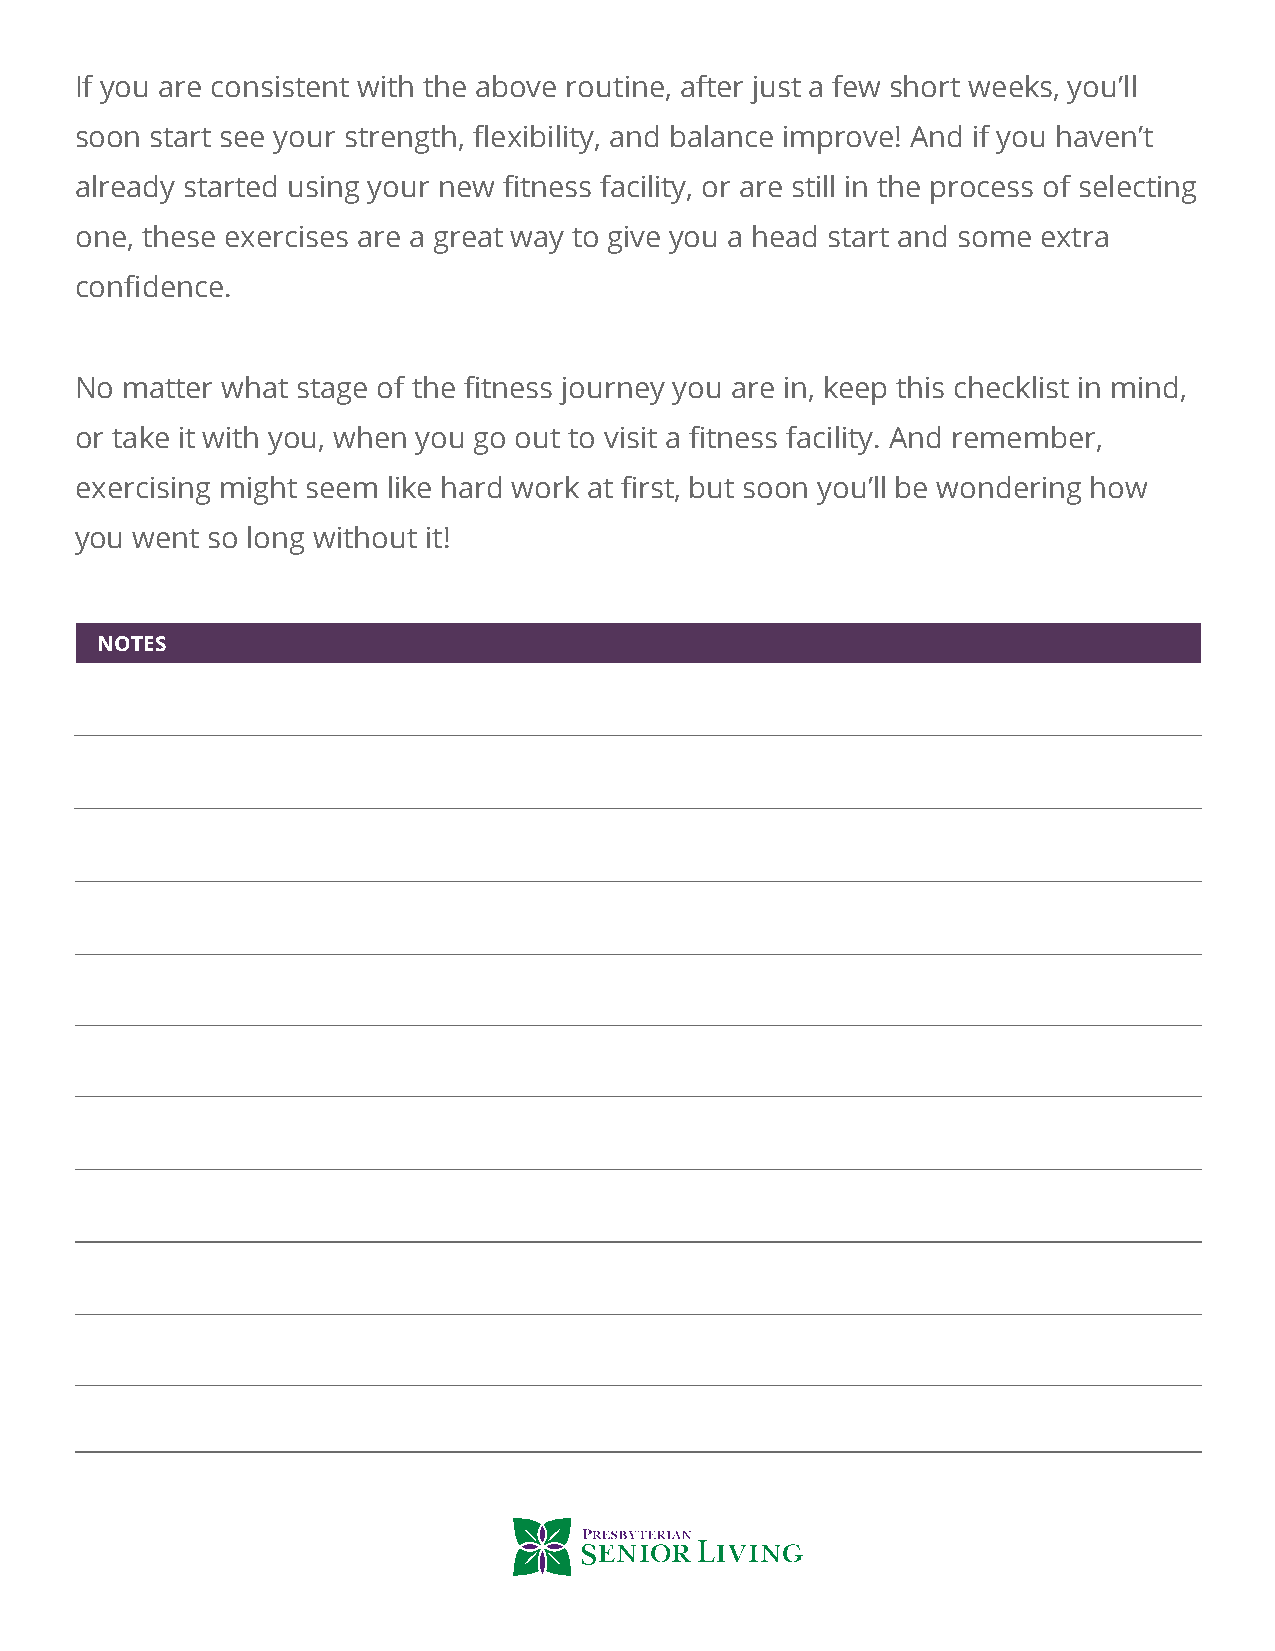
If you are consistent with the above routine, after just a few short weeks, you’ll
 soon start see your strength, flexibility, and balance improve! And if you haven’t
 already started using your new fitness facility, or are still in the process of selecting
 one, these exercises are a great way to give you a head start and some extra
 confidence.
 No matter what stage of the fitness journey you are in, keep this checklist in mind,
 or take it with you, when you go out to visit a fitness facility. And remember,
 exercising might seem like hard work at first, but soon you’ll be wondering how
 you went so long without it!
 NOTES